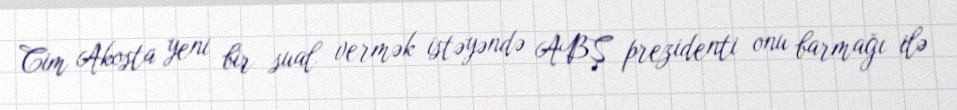
Cim Akosta yeni bir sual vermək istəyəndə ABŞ prezidenti onu barmağı ilə